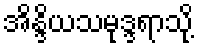
အိန္ဒိယသမုဒ္ဒရာသို့